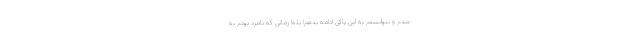
شدم و نتوانستم به این پاکی ادامه بدهم! بله! زمانی که نامزد بودم به